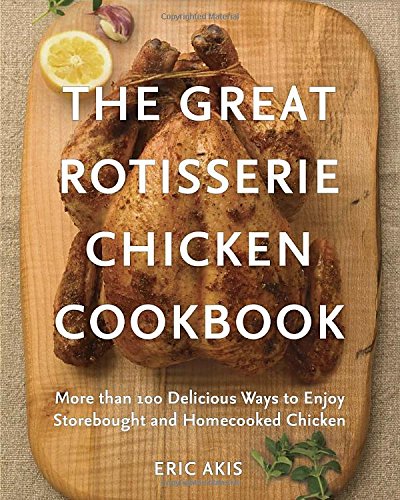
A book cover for The Great Rotisserie Chicken Cookbook: More than 100 Delicious Ways to Enjoy Storebought and Homecooked Chicken; Eric Akis; Cookbooks, Food & Wine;